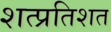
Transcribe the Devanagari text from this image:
शत्प्रतिशत